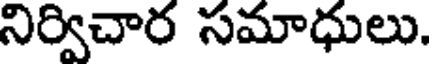
నిర్విచార సమాధులు.